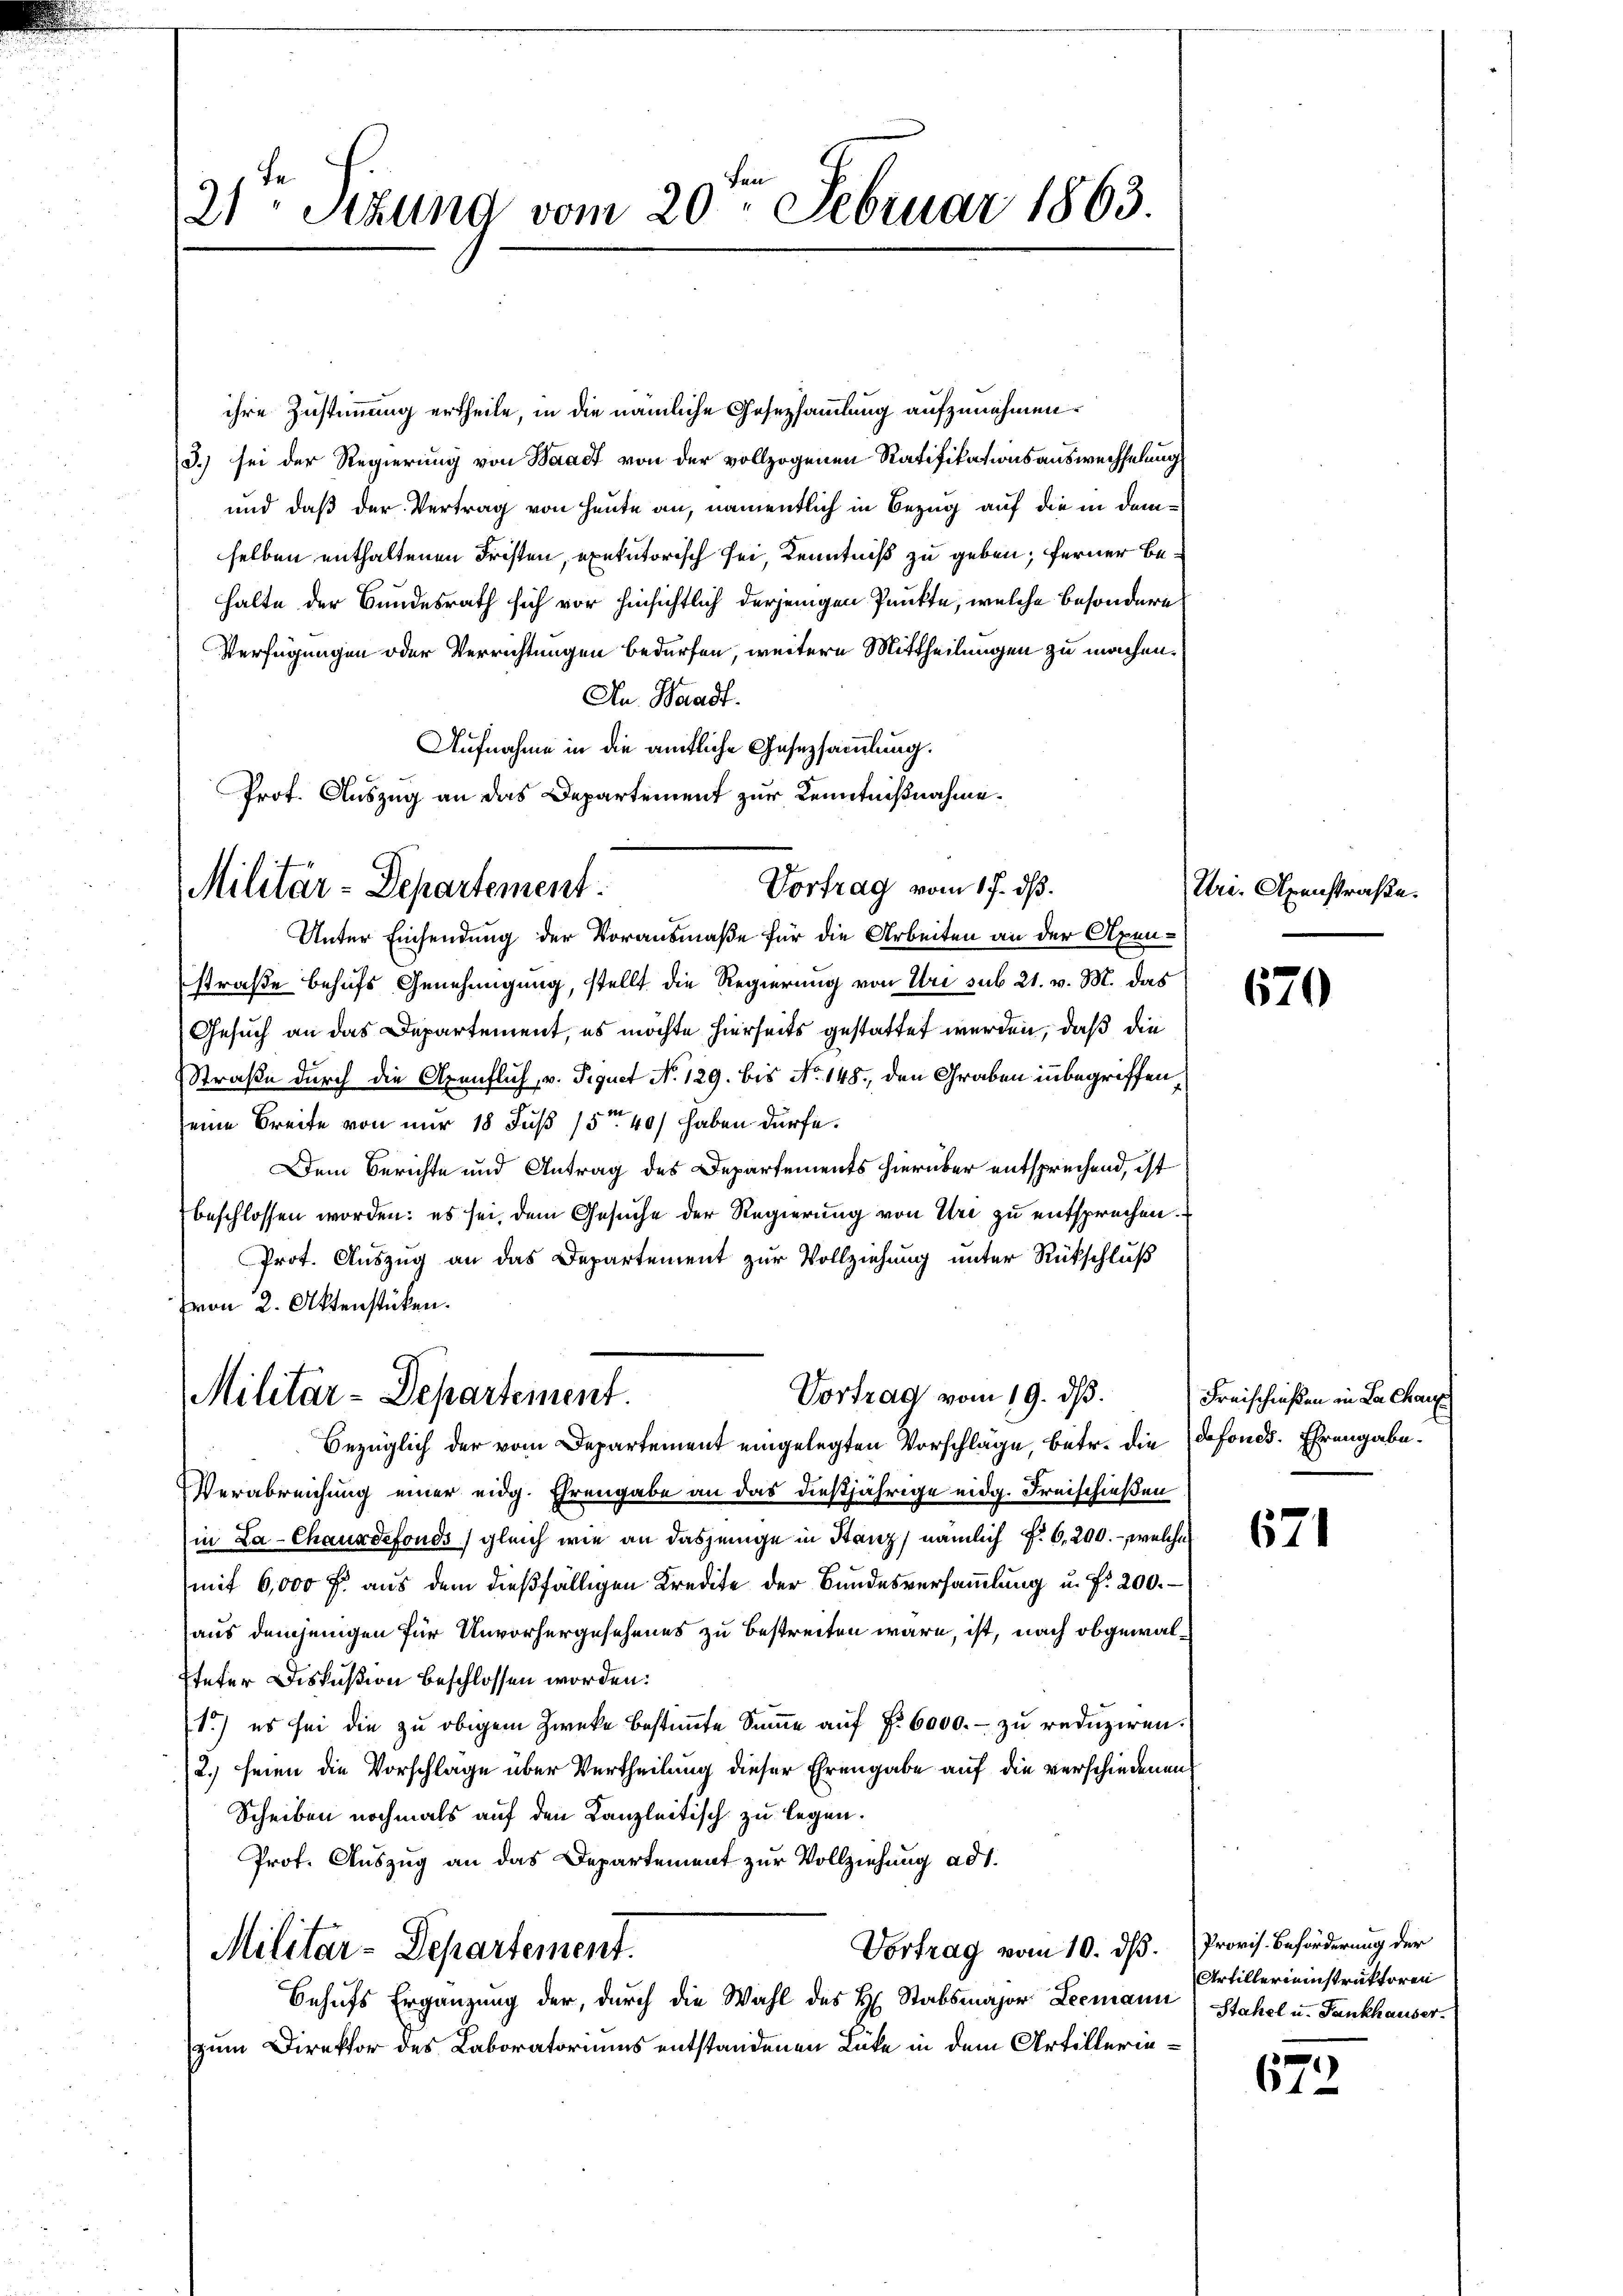
Fen
21 Stzung vom 20. Februar 1863.

ihre Zustimmung ertheile, in die nämliche Gesetzsammlung aufzunehmen.
3.) sei der Regierung von Waadt von der vollzogenen Ratifikationsauswechselung
und daß der Vertrag von Heute an, namentlich in Bezug auf die in demselben enthaltenen Fristen, exekutorisch sei, Kenntniß zu geben; ferner behalte der Bundesrath sich vor hinsichtlich derjenigen Punkte, welche besondere
Verfügungen oder Verrichtungen bedürfen, weitere Mittheilungen zu machen.
An. Waadt.
Aufnahme in die ämtliche Gesetzsammlung.
Prot. Auszug an das Departement zur Kenntnißnahme.

Vortrag vom 17. dß.
Militär-Departement.

Vortrag vom 19. dß.
Militär-Departement.

Unter Einsendung der Vorausmaße für die Arbeiten an der Axenstraße behufs Genehmigung, stellt die Regierung von Uri sub 21. v. M. das
Gesuch an das Departement, es möchte hierseits gestattet werden, daß die
Straße durch die Axenflich, v. Tiguet No 129. bis No. 148, den Graben inbegriffen,
seine Breite von nur 18 Fuß 15ten 40/ haben dürfe.
Dem Berichte und Antrag des Departements hierüber entsprechend, ist
beschlossen worden: es sei, dem Gesuche der Regierung von Uri zu entsprechen.
Prot. Auszug an das Departement zur Vollziehung unter Rückschluß
von 2. Aktenstücken.
Bezüglich der vom Departement eingelegten Vorschläge, betr. die defonds. Ehrengabe¬
Verabreichung einer eidg. Ehrengabe an das dießjährige eidg. Freischießen
in La-Chauxdefonds gleich wie an dasjenige in Stanz, nämlich f. 6, 200.- welche
mit 6,000 Fr. aus dem dießfälligen Kredite der Bundesversammlung u. f. 200.
aus demjenigen für Unvorhergesehenes zu bestreiten wäre, ist, nach obgewal¬
Eteter Diskussion beschlossen worden.
1.) es sei die zu obigem Zwecke bestimmte Summe auf §. 6000.- zu reduziren.
2.) seien die Vorschlage über Vertheilung dieser Ehrengabe auf die verschiedenen
Scheiben nochmals auf den Kanzleitisch zu legen.
Prof. Auszug an das Departement zur Vollziehung ad 1.
Vortrag vom 10. ds. Provis. Beförderung der
Militar-Departement.
Behufs Ergänzung der, durch die Wahl des H. Stabsmajor Leemann
zum Direktor des Laboratoriums entstandenen Lücke in dem Artillerin¬

Uri-Alpenstraße.

670

Freischießen in La Chaus

671

Artillerieinstruktoren
Stahel u. Fankhauser.

672